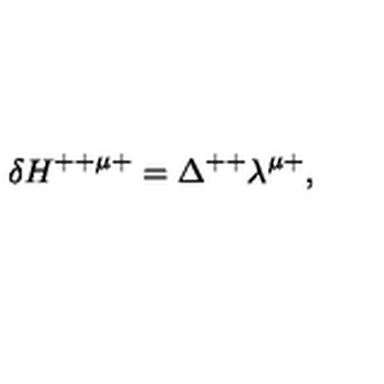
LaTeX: \delta H ^ { + + \mu + } = \Delta ^ { + + } \lambda ^ { \mu + } ,